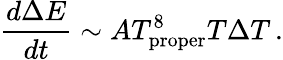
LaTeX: {\frac{d\Delta E}{dt}}\sim AT_{\mathrm{proper}}^{8}T\Delta T\, .